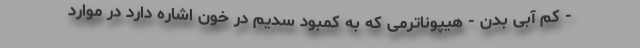
- کم آبی بدن - هیپوناترمی که به کمبود سدیم در خون اشاره دارد در موارد